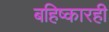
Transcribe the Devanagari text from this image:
बहिष्कारही